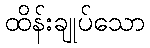
ထိန်းချုပ်သော